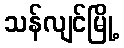
သန်လျင်မြို့